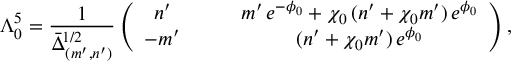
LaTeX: \Lambda _ { 0 } ^ { 5 } = \frac { 1 } { \bar { \Delta } _ { ( m ^ { \prime } , n ^ { \prime } ) } ^ { 1 / 2 } } \left( \begin{array} { c c } { { n ^ { \prime } \qquad } } & { { m ^ { \prime } \, e ^ { - \phi _ { 0 } } + \chi _ { 0 } \, ( n ^ { \prime } + \chi _ { 0 } m ^ { \prime } ) \, e ^ { \phi _ { 0 } } } } \\ { { - m ^ { \prime } \qquad } } & { { ( n ^ { \prime } + \chi _ { 0 } m ^ { \prime } ) \, e ^ { \phi _ { 0 } } } } \end{array} \right) ,